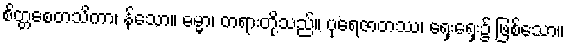
စိတ္တစေတသိကာ၊ န်သော။ ဓမ္မာ၊ တရားတို့သည်။ ပုရေဇာတဿ၊ ရှေးရှေး၌ ဖြစ်သော။